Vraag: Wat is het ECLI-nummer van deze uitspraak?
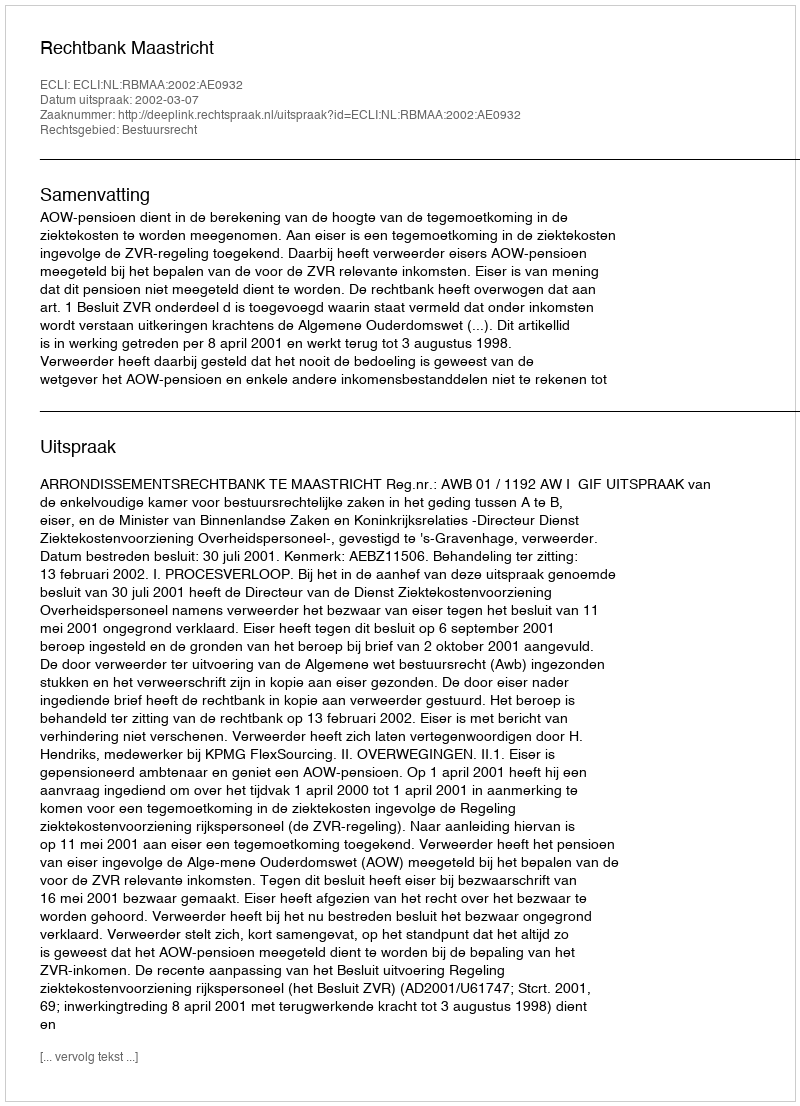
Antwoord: ECLI:NL:RBMAA:2002:AE0932